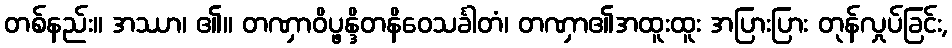
တစ်နည်း။ အဿာ၊ ၏။ တဏှာဝိပ္ဖန္ဒိတနိဝေသင်္ခါတံ၊ တဏှာ၏အထူးထူး အပြားပြား တုန်လှုပ်ခြင်း,